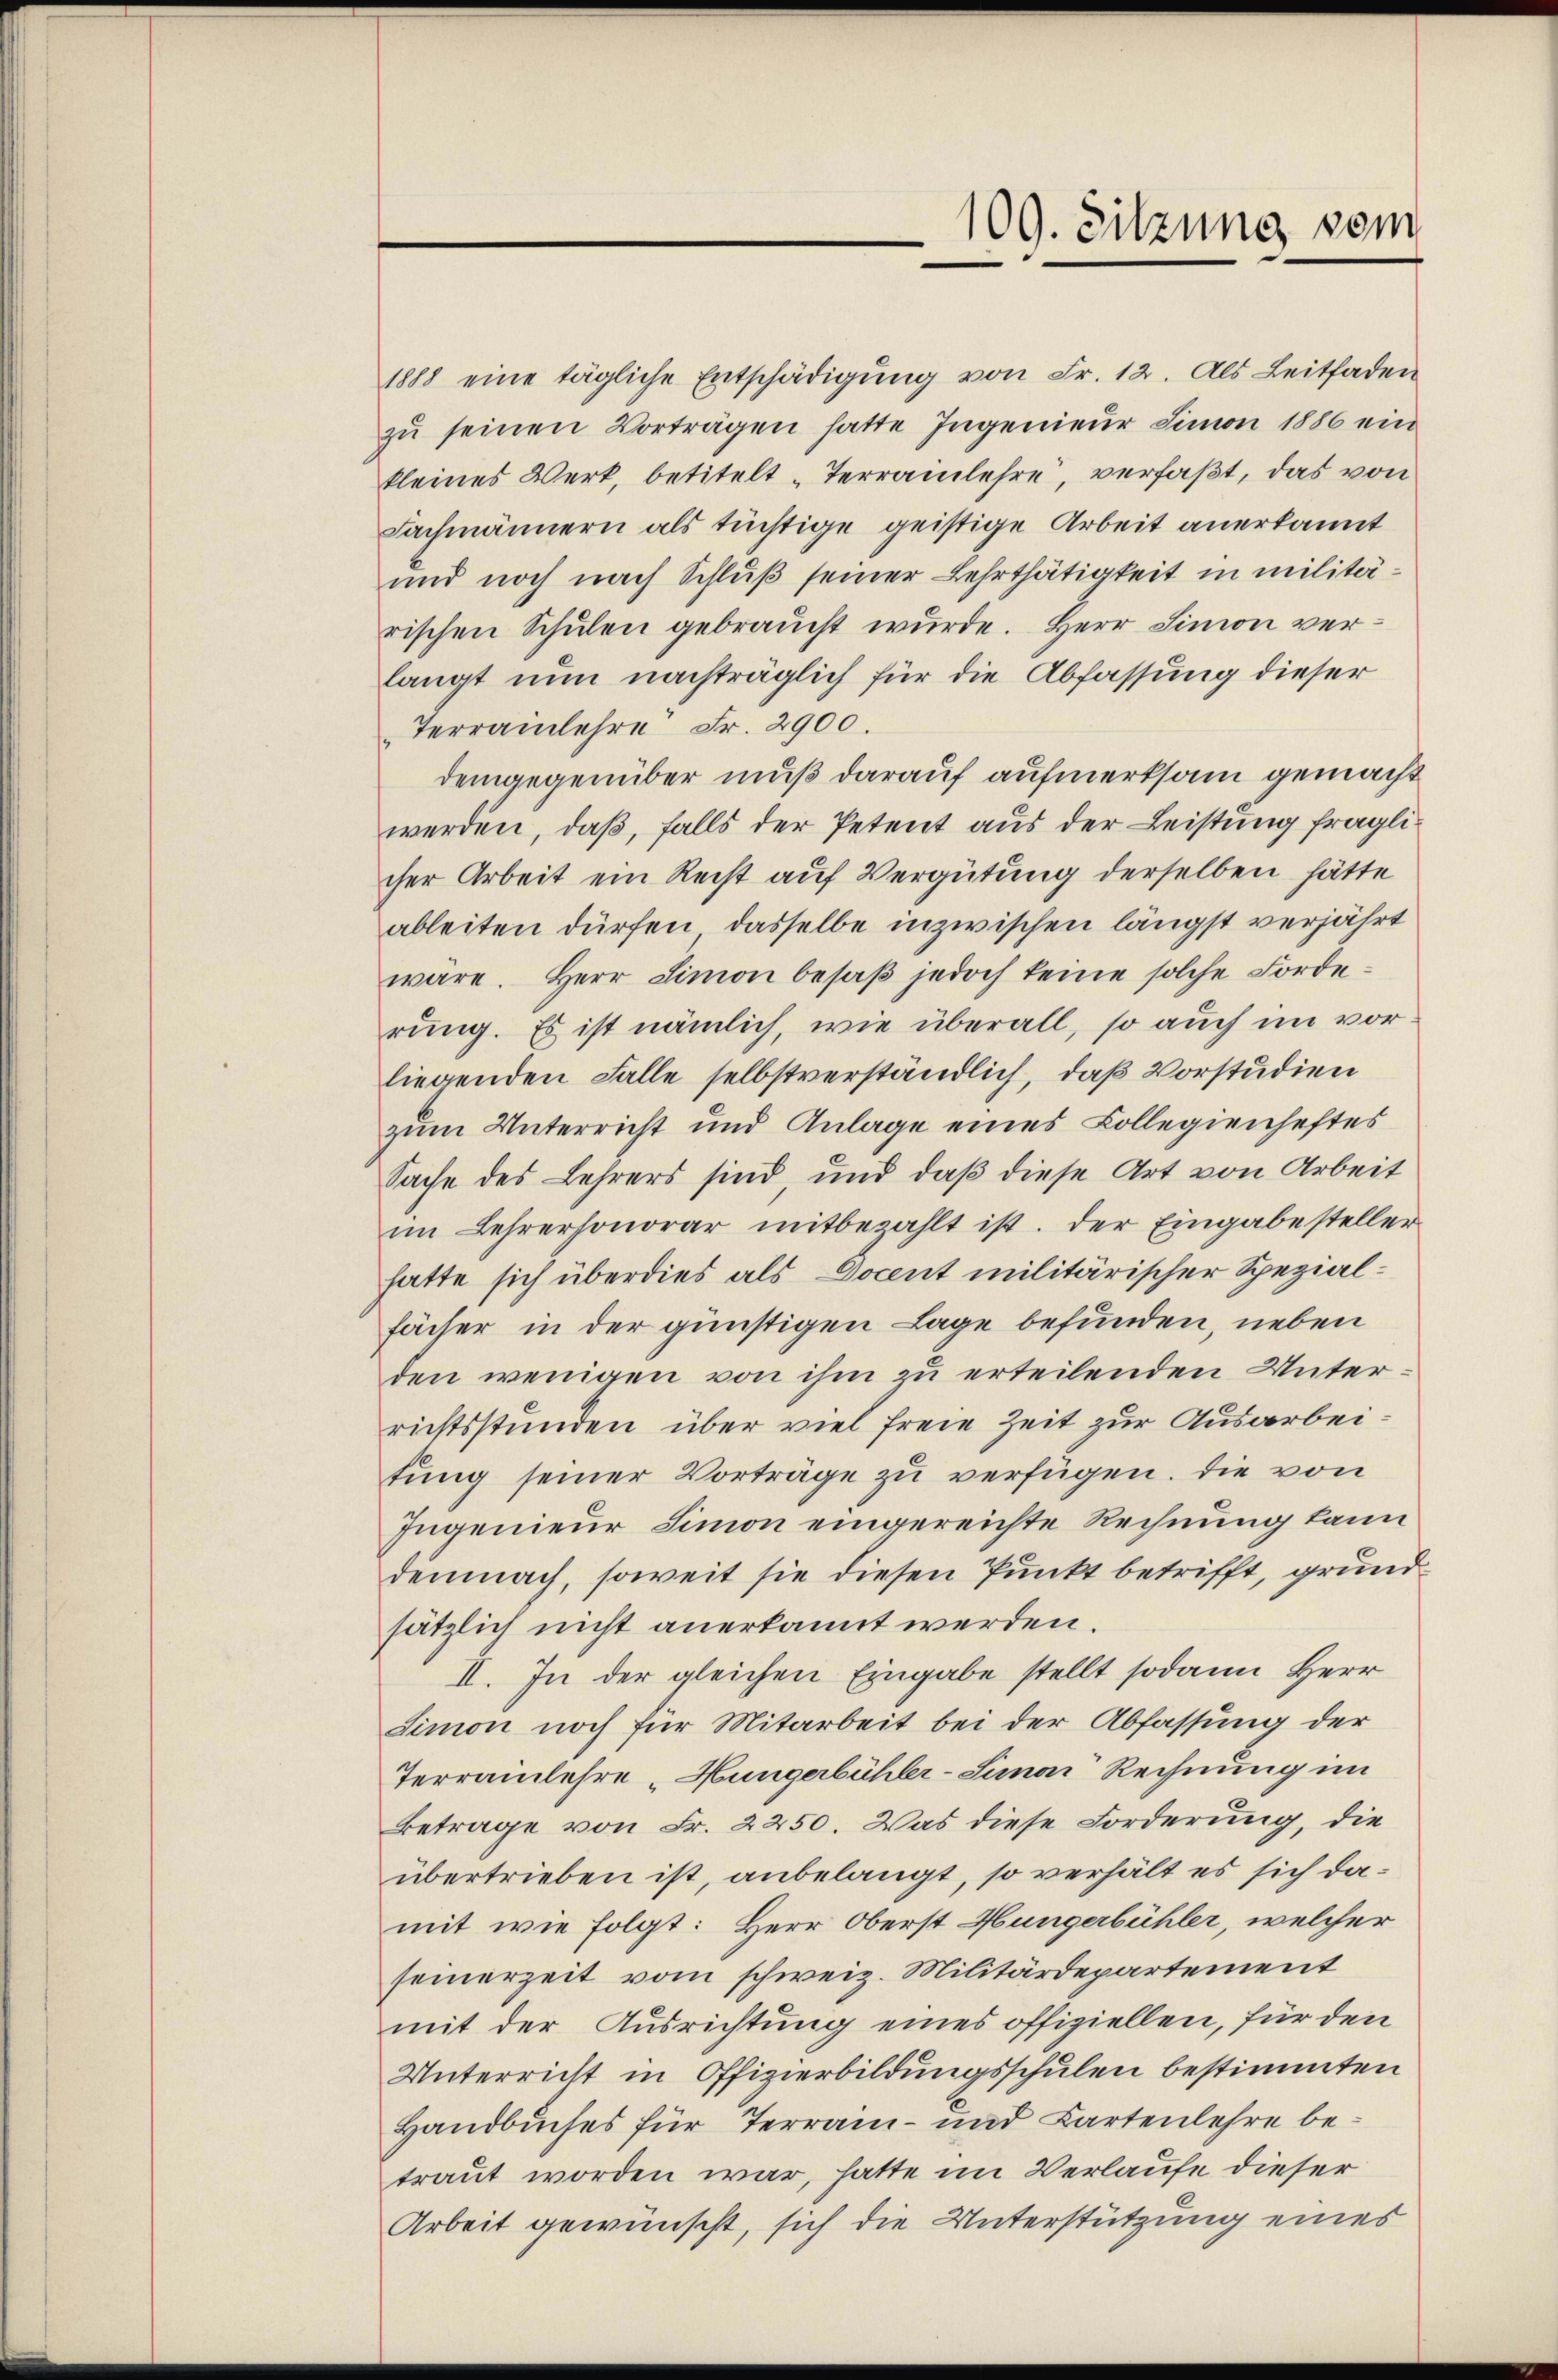
1888 eine tägliche Entschädigŭng von Fr. 12. Als Leitfaden
zŭ seinen Vorträgen hatte Ingenieur Simon 1886 ein
kleines Werk, betitelt „Terrainlehre, verfaßt, das von
Fachmännern als tüchtige geistige Arbeit anerkannt
und noch nach Schluß seiner Lehrthätigkeit in militärischen Schulen gebraucht wurde. Herr Simon verlangt nun nachträglich für die Abfassung dieser
Terrainlehre Fr. 2900.
demgegenüber muß darauf aufmerksam gemacht
werden, daß, falls der Petent aus der Leistung fraglicher Arbeit ein Recht auf Vergütung derselben hätte
ableiten dürfen, dasselbe inzwischen längst verjährt
wäre. Herr Simon besaβ jedoch keine solche Forderung. Es ist nämlich, wie überall, so auch im vorliegenden Falle selbstverständlich, daß Vorstudien
zum Unterricht und Anlage eines Collegienheftes
Sache des Lehrers sind und daß diese Art von Arbeit
im Lehrerhonorar mitbezahlt ist. Der Eingabesteller
hatte sich überdies als Docent militärischer Spezialfächer in der günstigen Lage befunden, neben
den wenigen von ihm zu erteilenden Unterrichtsstunden über viel freie Zeit zur Ausarbeitung seiner Vorträge zu verfügen. Die von
Ingenieur Simon eingereichte Rechnung kann
demnach, soweit sie diesen Punkt betrifft, grundsätzlich nicht anerkannt werden.
II. In der gleichen Eingabe stellt sodann Herr
Simon noch für Mitarbeit bei der Abfassung der
Terrainlehre „Hungerbühler-Simon Rechnung im
Betrage von Fr. 2250. Was diese Forderung, die
übertrieben ist, anbelangt, so verhält es sich damit wie folgt: Herr Oberst Hungerbühler, welcher
seinerzeit vom schweiz. Militärdepartement
mit der Ausrichtung eines offiziellen, für den
Unterricht in Offizierbildungsschulen bestimmten
Handbuches für Terrain- und Kartenlehre betraut worden war, hatte im Verlaufe dieser
Arbeit gewünscht, sich die Unterstützung eines

109. Sitzung vom